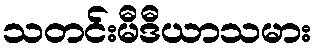
သတင်းမီဒီယာသမား